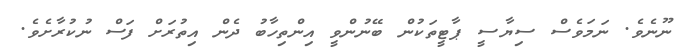
ނޫނެވެ. ނަމަވެސް ސިޔާސީ ޕާޓީތަކުން ބޭނުންވީ އިންތިހާބު ދެން އިތުރަށް ފަސް ނުކުރާށެވެ.